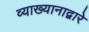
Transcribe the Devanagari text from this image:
व्याख्यानाद्वारे